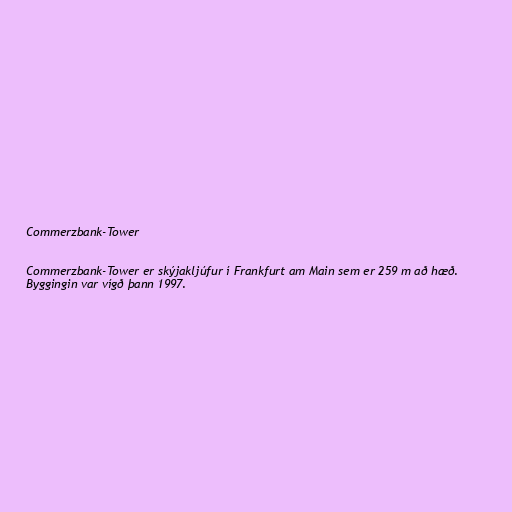
Commerzbank-Tower

Commerzbank-Tower er skýjakljúfur í Frankfurt am Main sem er 259 m að hæð.
Byggingin var vígð þann 1997.